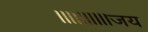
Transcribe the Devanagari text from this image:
॥॥॥॥॥जय